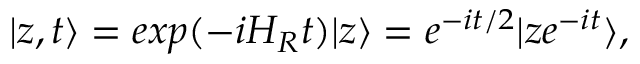
| z , t \rangle = e x p ( - i H _ { R } t ) | z \rangle = e ^ { - i t / 2 } | z e ^ { - i t } \rangle ,